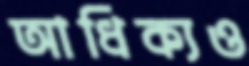
আধিক্যও